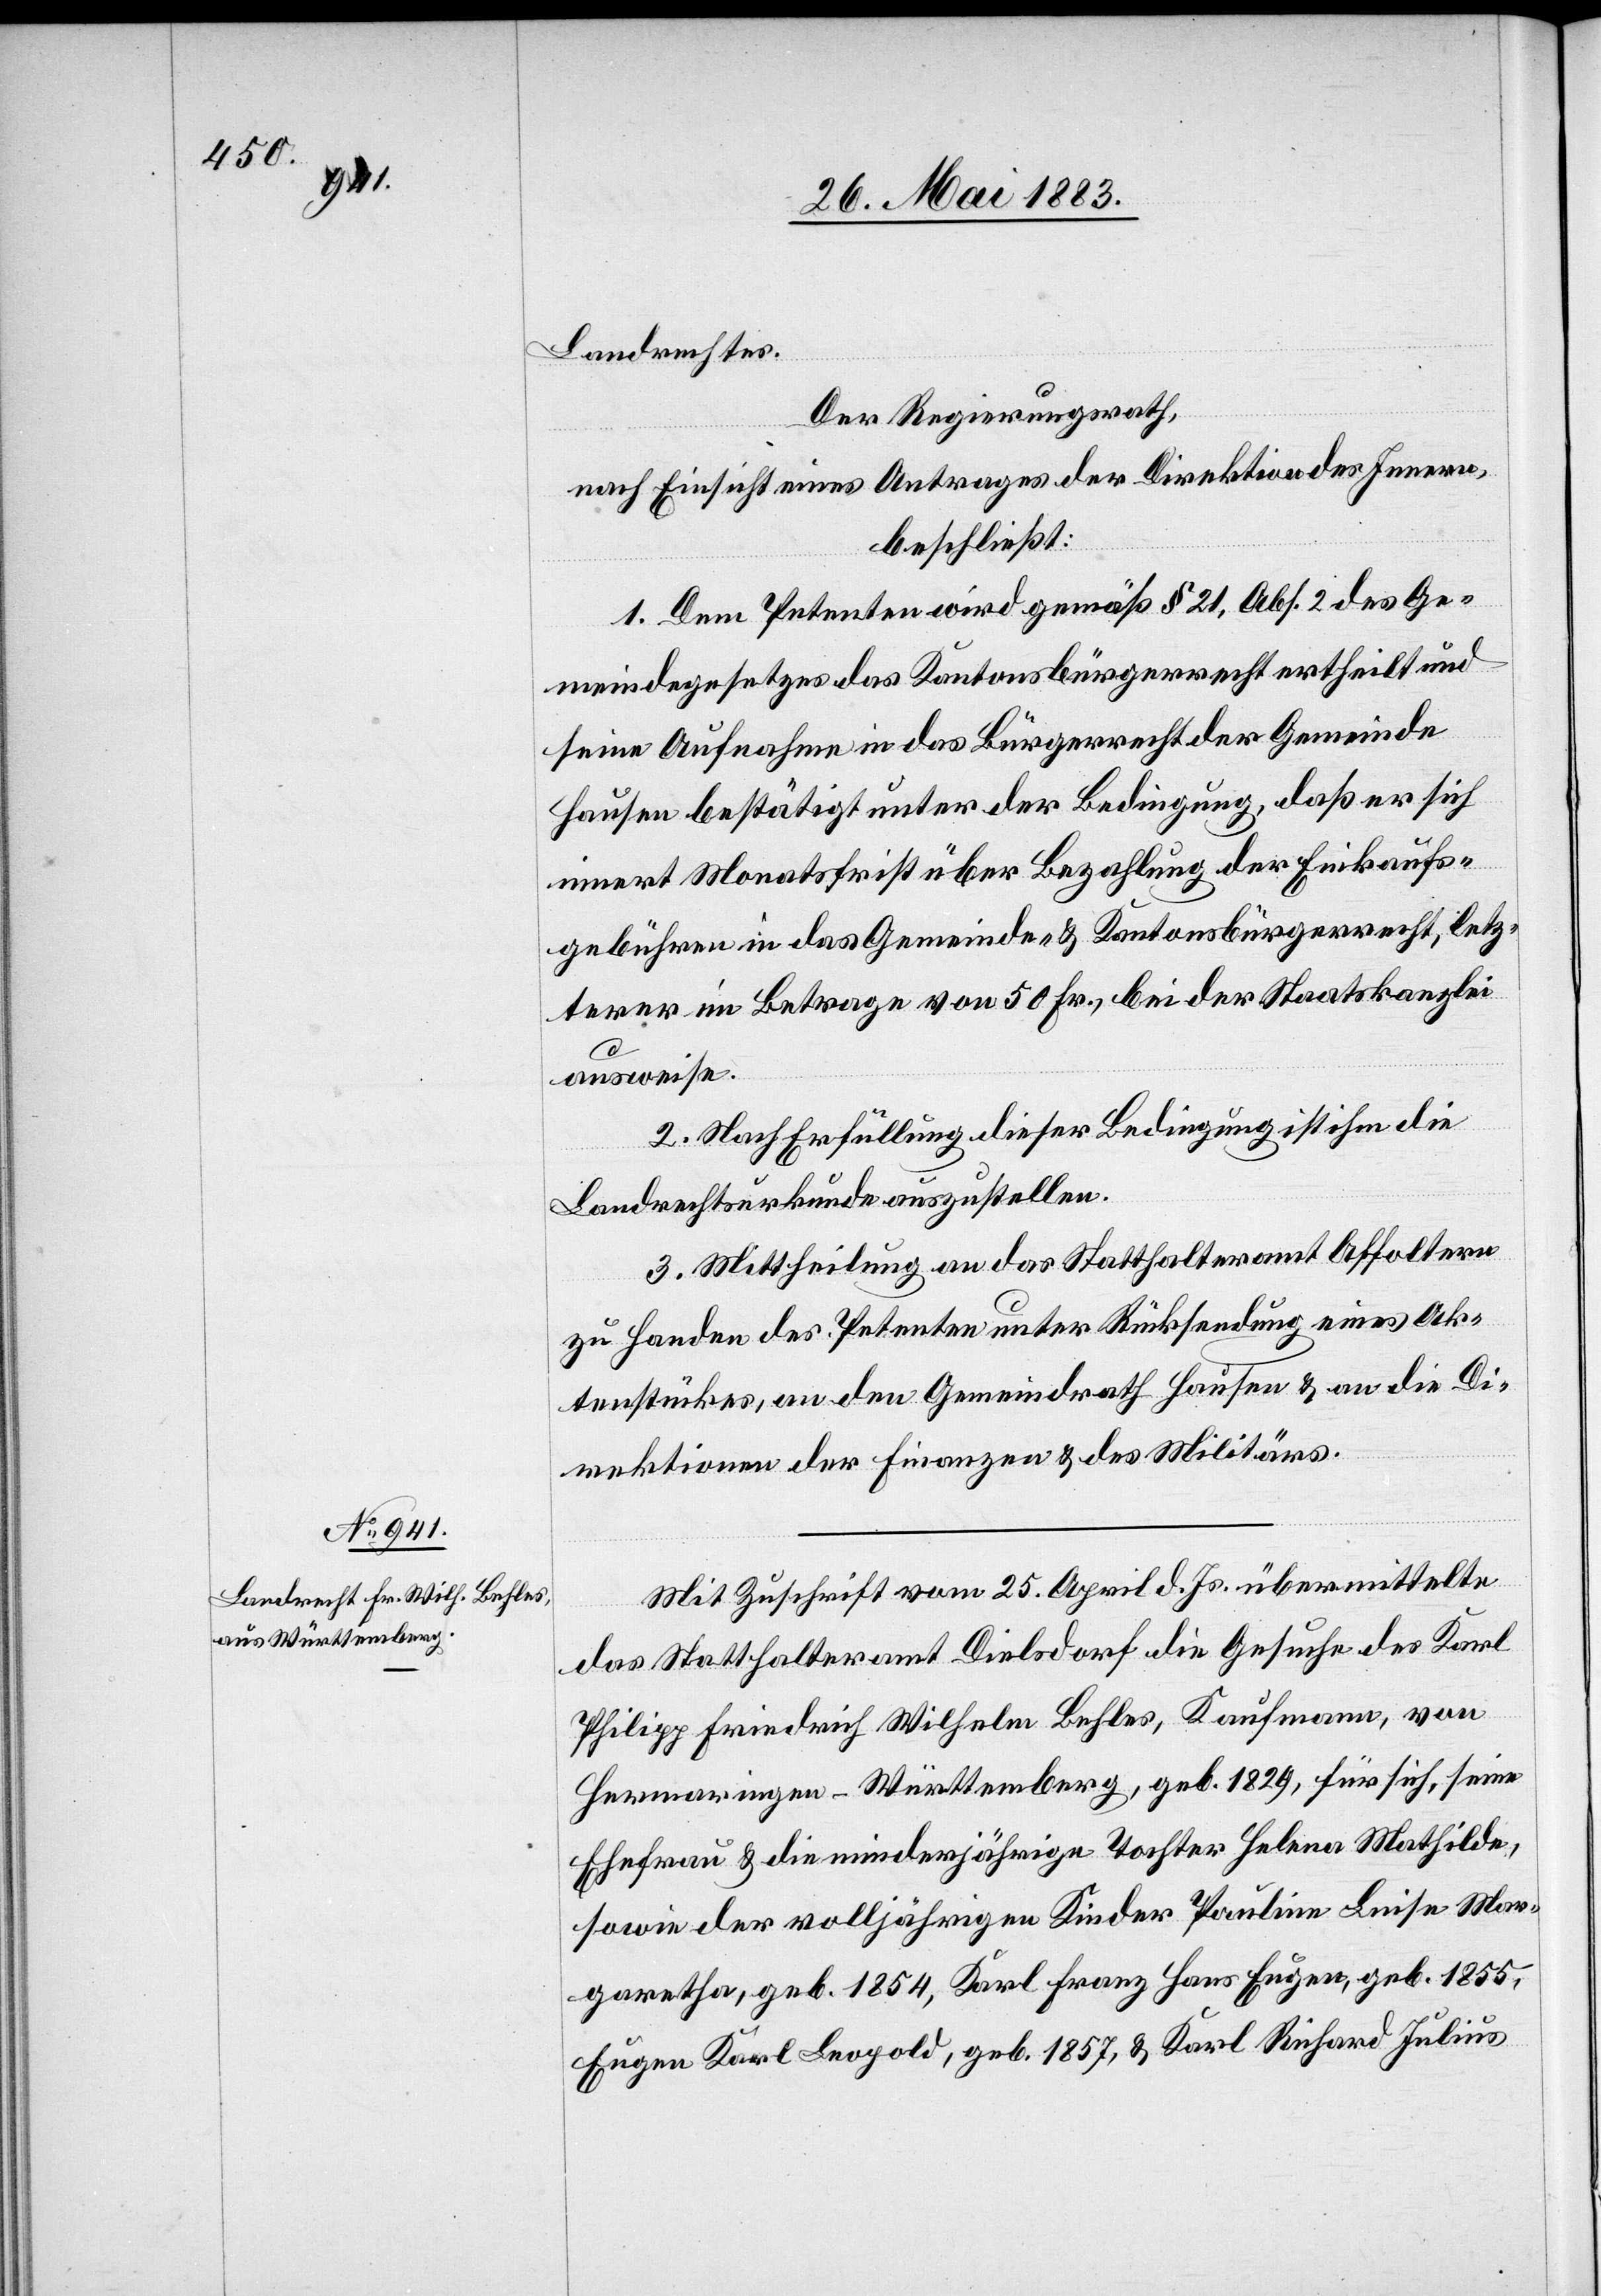
Landrechtes.
Der Regierungsrath,
nach Einsicht eines Antrages der Direktion des Innern,
beschließt:
1. Dem Petenten wird gemäß § 21, Abs. 2 des Ge¬
meindegesetzes das Kantonsbürgerrecht ertheilt und
seine Aufnahme in das Bürgerrecht der Gemeinde
Hausen bestätigt unter der Bedingung, daß er sich
innert Monatsfrist über Bezahlung der Einkaufs¬
gebühren in das Gemeinde- & Kantonsbürgerrecht, letz¬
terer im Betrage von 50 Fr., bei der Staatskanzlei
ausweise.
2. Nach Erfüllung dieser Bedingung ist ihm die
Landrechtsurkunde auszustellen.
3. Mittheilung an das Statthalteramt Affoltern
zu Handen des Petenten unter Rücksendung eines Ak¬
tenstückes, an den Gemeindrath Hausen & an die Di¬
rektionen der Finanzen & des Militärs.
Mit Zuschrift vom 25. April d. Js. übermittelte
das Statthalteramt Dielsdorf die Gesuche des Karl
Philipp Friedrich Wilhelm Behler, Kaufmann, von
Hermaringen - Württemberg, geb. 1829, für sich, seine
Ehefrau & die minderjährige Tochter Helena Mathilde,
sowie der volljährigen Kinder Pauline Luise Mar¬
garetha, geb. 1854, Karl Franz Hans Eugen, geb. 1855,
Eugen Karl Leopold, geb. 1857, & Karl Richard Julius